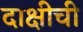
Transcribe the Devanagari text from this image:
दाक्षीची